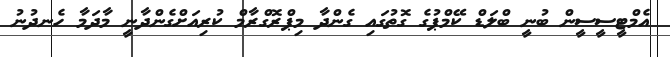
އެމްޓީސީސީން ބުނީ ބްލަޑް ކޭމްޕުގެ ގޮތުގައި ގެންދާ މިޕްރޮގްރާމް ކުރިއަށްގެންދާނީ މާދަމާ ހެނދުނު